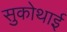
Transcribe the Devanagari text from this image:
सुकोथाई